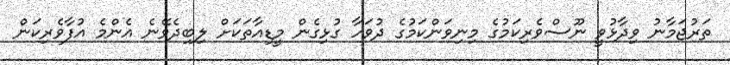
ތަރުޖަމާނު ވިދާޅުވީ ނޫސްވެރިކަމުގެ މިނިވަންކަމުގެ ދުވަހާ ގުޅިގެން މީޑިއާތަކަށް ލިބިދެވޭނެ އެންމެ އުފާވެރިކަން